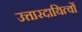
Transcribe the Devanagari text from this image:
उत्तारदायित्वों